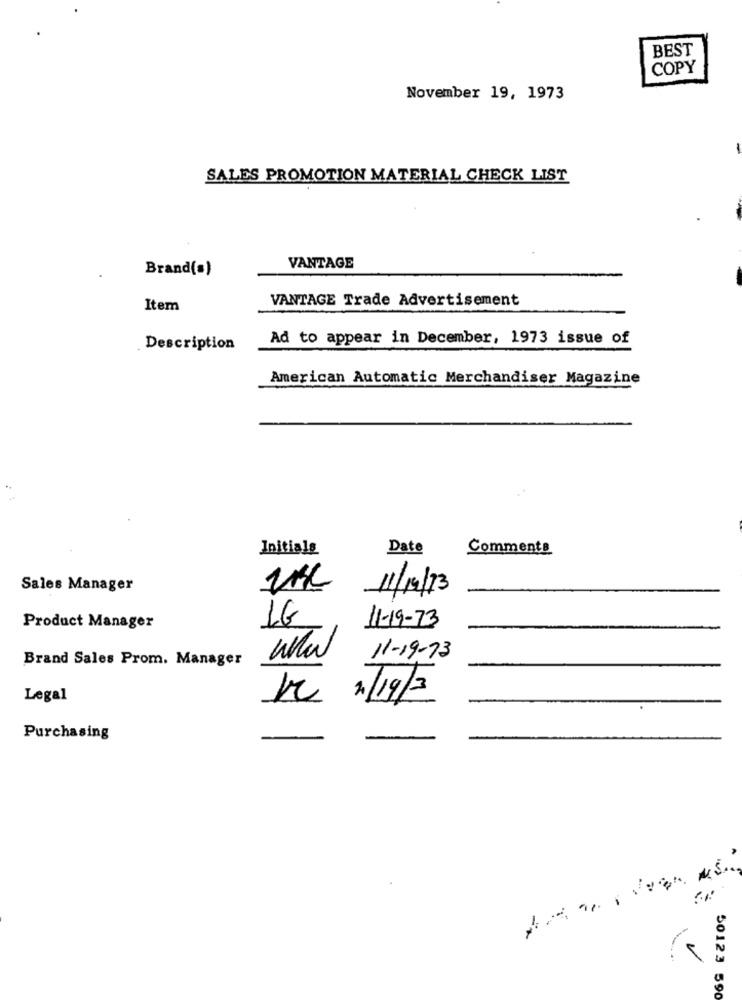
BEST
COPY
November 19, 1973
SALES PROMOTION MATERIAL CHECK LIST
Brand(s)
VANTAGE
VANTAGE Trade Advertisement
Item
Ad to appear in December, 1973 issue of
Description
American Automatic Merchandiser Magazine
Initialg
Date
Comments
Sales Manager
11/19/13
1G
11-19-73
Product Manager
Brand Sales Prom. Manager
www
11-19-73
Legal
20/19/3
Purchasing
4.5.
50123 590